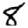
Digit: 8